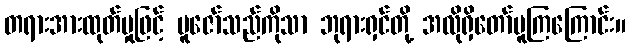
တရားအားထုတ်မှုဖြင့် ပူဇော်သည်ကိုသာ ဘုရားရှင်တို့ အလိုရှိတော်မူကြကြောင်း။